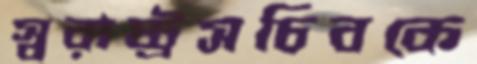
স্বরাষ্ট্রসচিবকে